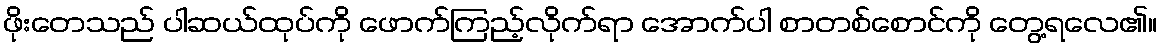
ဖိုးတေသည် ပါဆယ်ထုပ်ကို ဖောက်ကြည့်လိုက်ရာ အောက်ပါ စာတစ်စောင်ကို တွေ့ရလေ၏။